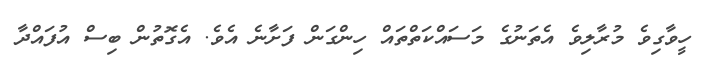
ހީވާގިވެ މުރާލިވެ އެތަނުގެ މަސައްކަތްތައް ހިންގަން ފަށާނެ އެވެ. އެގޮތުން ބިސް އުފައްދާ